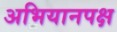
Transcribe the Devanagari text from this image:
अभियानपक्ष